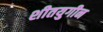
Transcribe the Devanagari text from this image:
शीतयुगीन